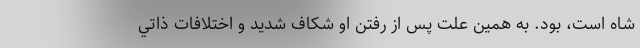
شاه است، بود. به همين علت پس از رفتن او شكاف شديد و اختلافات ذاتي